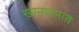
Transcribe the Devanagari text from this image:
खानदानात